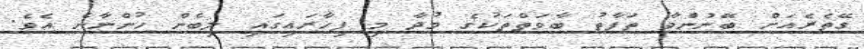
ގޭތެރެއަށް ބޭނުންވާ ތަފާތު ބާވަތްތަކުގެ މުދާ މި ފިހާރައިގައި ލިބެން ހުންނާނެ އެވެ.